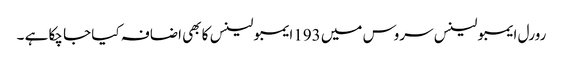
رورل ایمبولینس سروس میں 193ایمبولینس کا بھی اضافہ کیا جا چکا ہے ۔